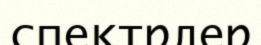
спектрлер